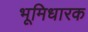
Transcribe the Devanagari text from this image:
भूमिधारक